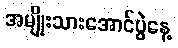
အမျိုးသားအောင်ပွဲနေ့